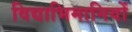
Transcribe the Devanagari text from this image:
विद्याभिमानियों